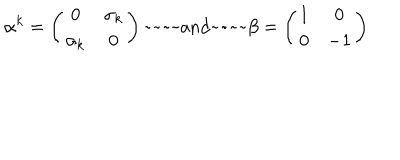
\alpha ^ { k } = \left( \begin{matrix} { { 0 } } & { { \sigma _ { k } } } \\ { { \sigma _ { k } } } & { { 0 } } \\ \end{matrix} \right) \mathrm { ~ a n d ~ } \beta = \left( \begin{matrix} { { 1 } } & { { 0 } } \\ { { 0 } } & { { - 1 } } \\ \end{matrix} \right)